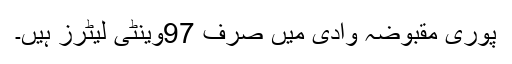
پوری مقبوضہ وادی میں صرف 97وینٹی لیٹرز ہیں۔